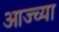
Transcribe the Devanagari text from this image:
आज्च्या